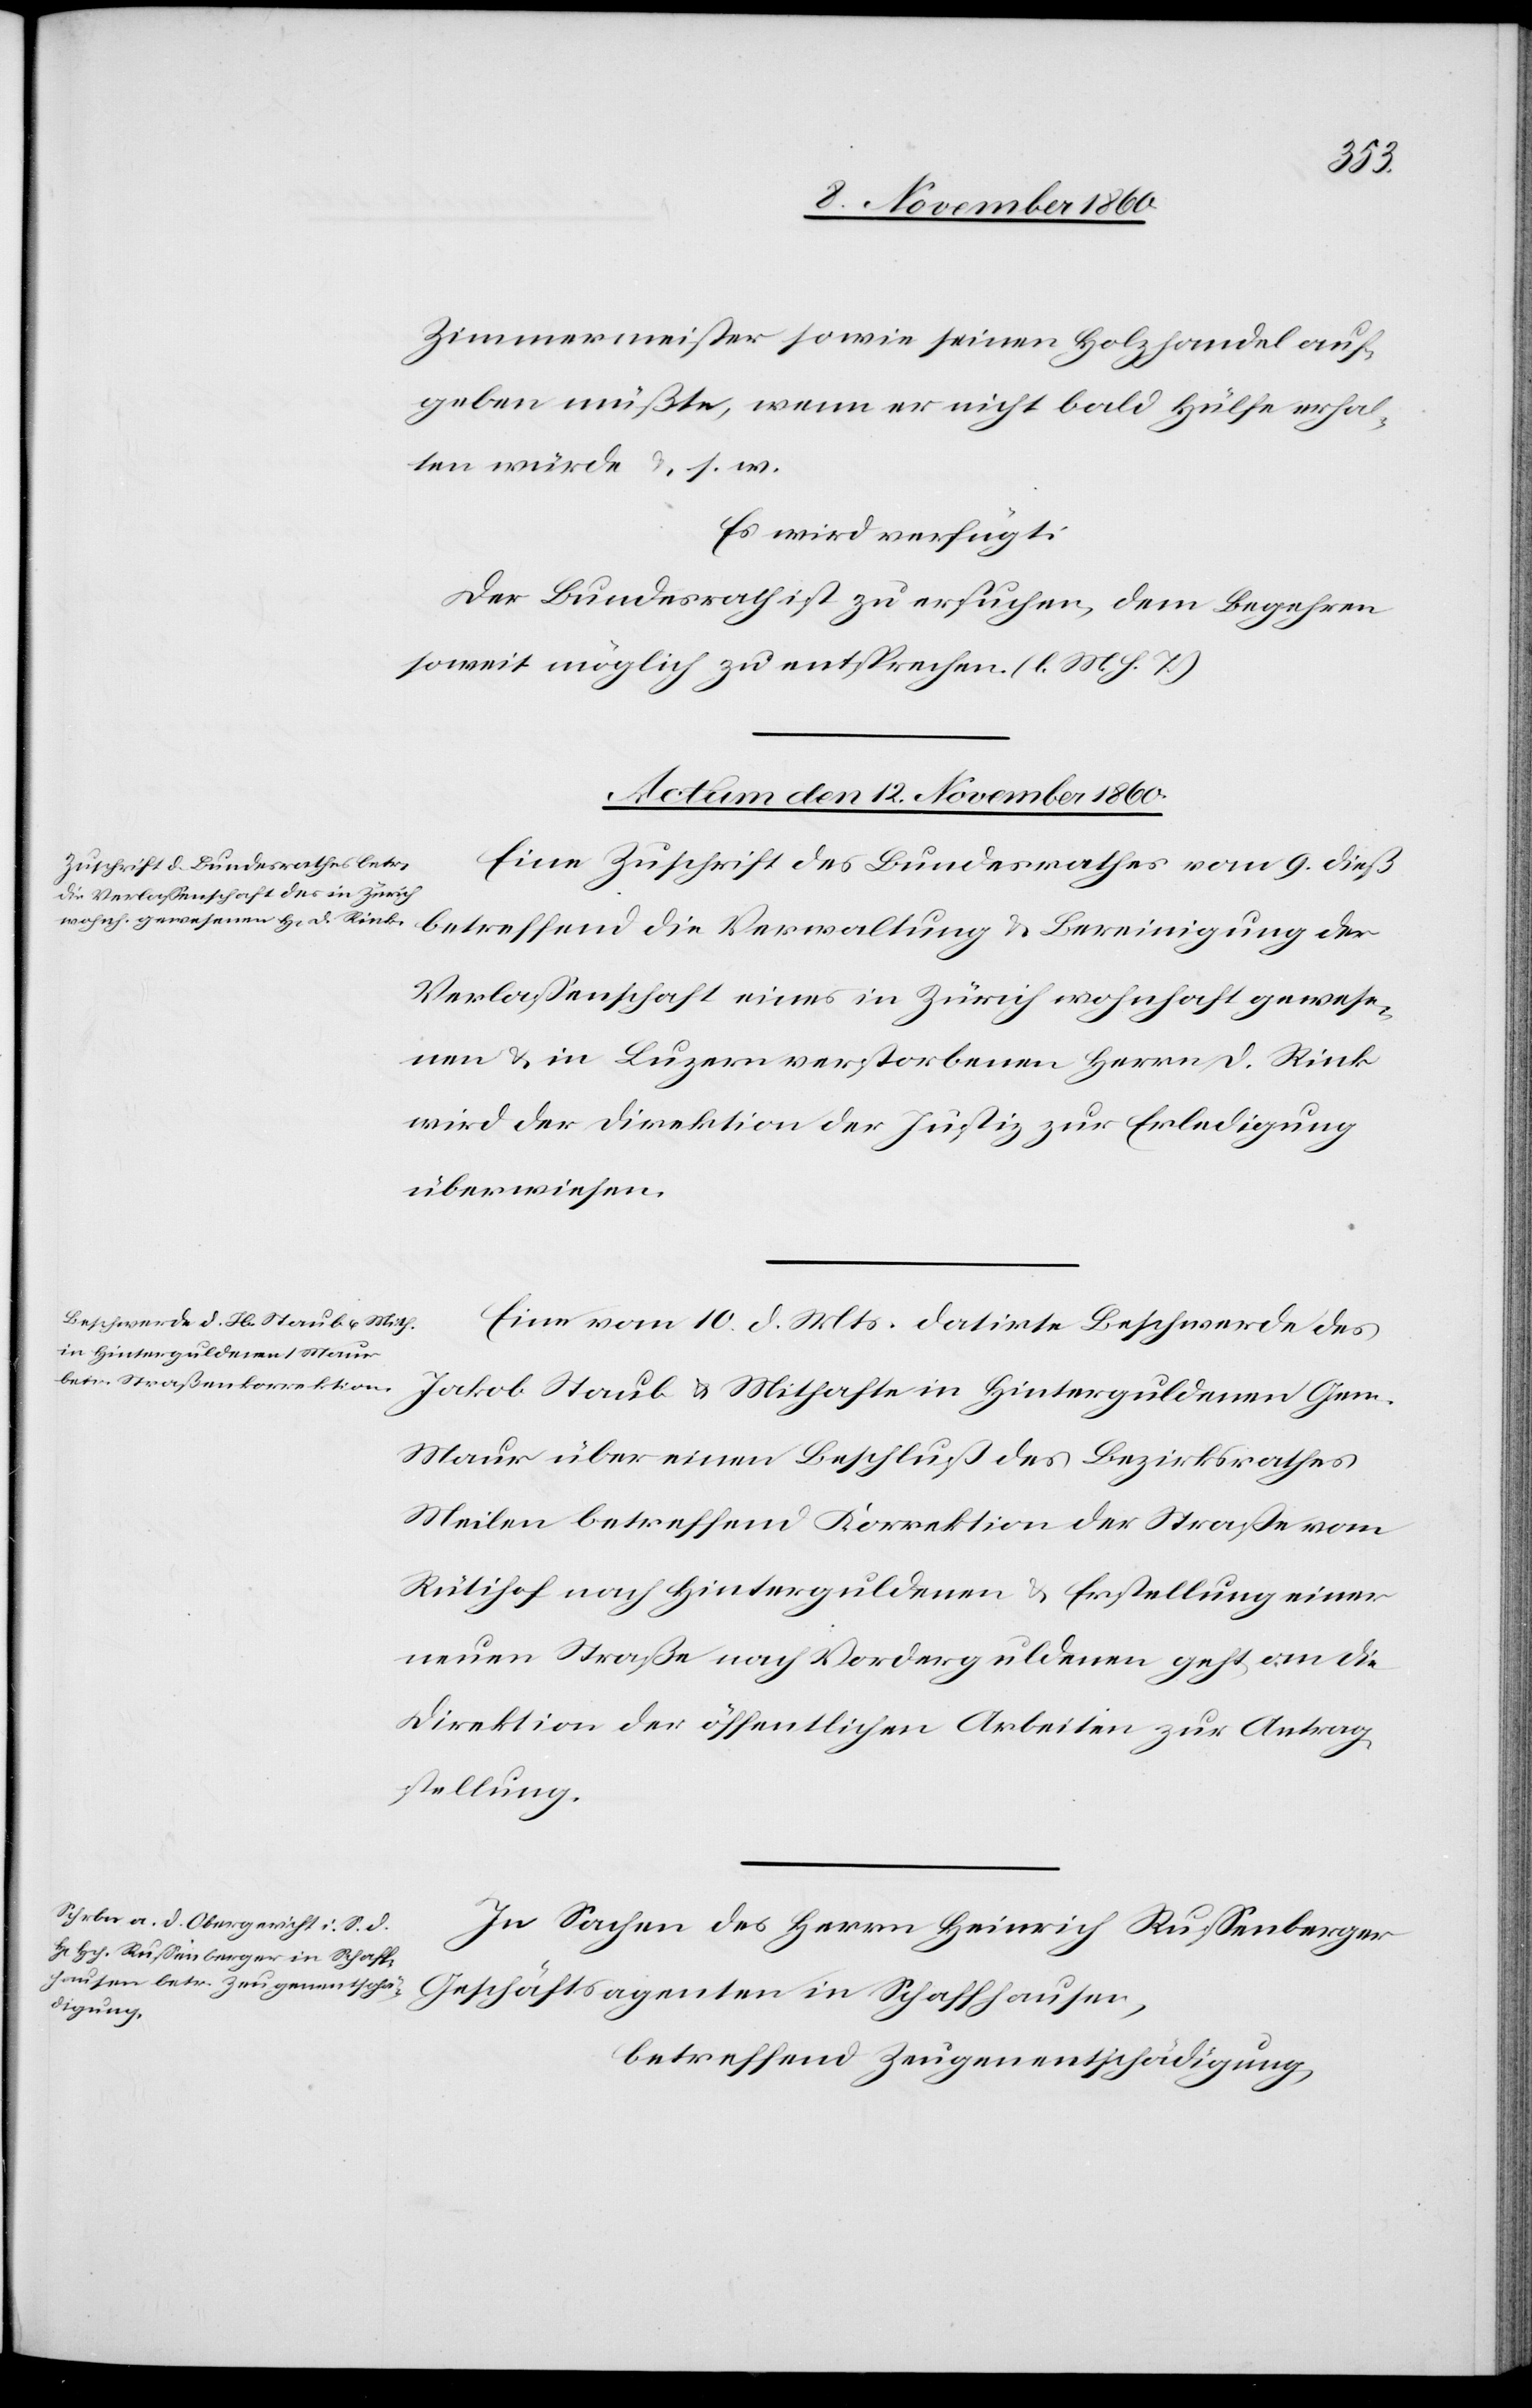
Zimmermeister sowie seinen Holzhandel auf¬
geben müßte, wenn er nicht bald Hülfe erhal¬
ten würde u. s. w.
Es wird verfügt:
Der Bundesrath ist zu ersuchen, dem Begehren
Actum den 12. November 1860.]
Eine Zuschrift des Bundesrathes vom 9. dieß
betreffend die Verwaltung u. Bereinigung der
Verlassenschaft eines in Zürich wohnhaft gewese¬
nen u. in Luzern verstorbenen Herrn D. Rink
wird der Direktion der Justiz zur Erledigung
überwiesen.
Eine vom 10. d. Mts. datirte Beschwerde des
Jakob Staub u. Mithafte in Hinterguldenen Gem.
Maur über einen Beschluß des Bezirksrathes
Meilen betreffend Korrektion der Straße vom
Rütihof nach Hinterguldenen u. Erstellung einer
neuen Straße nach Vorderguldenen geht an die
Direktion der öffentlichen Arbeiten zur Antrag¬
stellung.
In Sachen des Herrn Heinrich Russenberger
Geschäftsagenten in Schaffhausen,
betreffend Zeugenentschädigung,